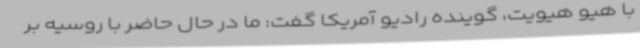
با هیو هیویت، گوینده رادیو آمریکا گفت: ما در حال حاضر با روسیه بر